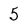
Character: 5